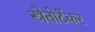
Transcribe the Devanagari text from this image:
स्त्रेतोटेंकर